Lunatic asylums Madras 1877-1891 - 1877-1891
Year: 1877
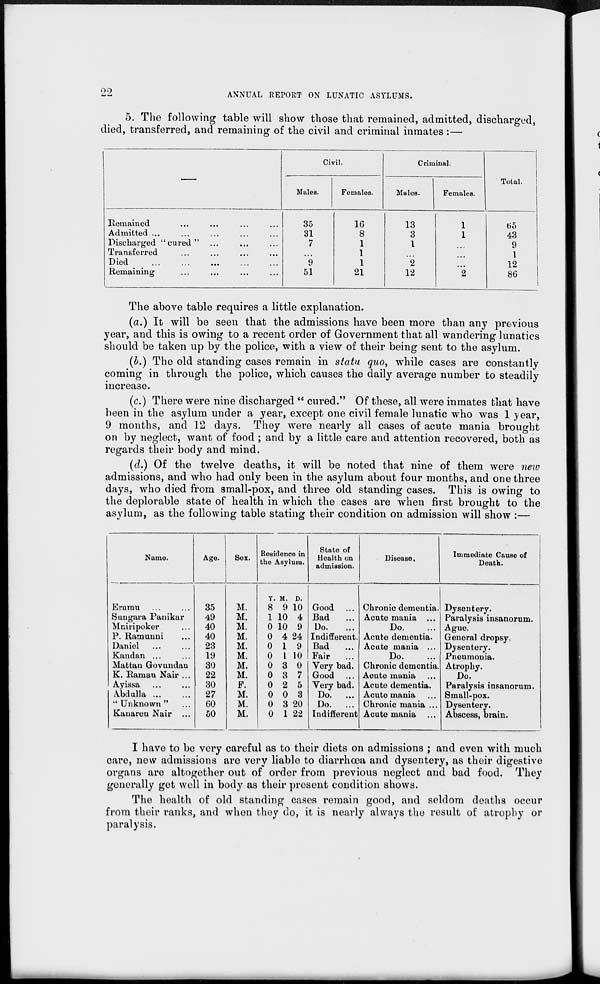
22
ANNUAL REPORT ON LUNATIC ASYLUMS.
5. The following table will show those that remained, admitted, discharged
died, transferred, and remaining of the civil and criminal inmates :—
—
Remained ... ... ... ...
Admitted ... ... ... ... ...
Discharged "cured" ... ... ...
Transferred ... ... ... ...
Died ... ... ... ... ...
Remaining ... ... ... ...
Civil.
Males.
35
31
7
...
9
51
Females.
16
8
1
1
1
21
Criminal.
Males.
13
3
1
...
2
12
Females.
1
1
...
...
...
2
Total.
65
43
9
1
12
86
The above table requires a little explanation.
(a.) It will be seen that the admissions have been more than any previous
year, and this is owing to a recent order of Government that all wandering lunatics
should be taken up by the police, with a view of their being sent to the asylum.
(b.) The old standing cases remain in statu quo, while cases are constantly
coming in through the police, which causes the daily average number to steadily
increase.
(c.) There were nine discharged "cured." Of these, all were inmates that have
been in the asylum under a year, except one civil female lunatic who was 1 year,
9 months, and 12 days. They were nearly all cases of acute mania brought
on by neglect, want of food ; and by a little care and attention recovered, both as
regards their body and mind.
(d.) Of the twelve deaths, it will be noted that nine of them were new
admissions, and who had only been in the asylum about four months, and one three
days, who died from small-pox, and three old standing cases. This is owing to
the deplorable state of health in which the cases are when first brought to the
asylum, as the following table stating their condition on admission will show :—
Name.
Eramu ... ...
Sungara Panikar
Mniripoker ...
P. Ramunni ...
Daniel ... ...
Kandan ... ...
Mattan Govundan
K. Raman Nair ...
Ayissa ... ...
Abdulla ... ...
"Unknown"
...
Kanaren Nair ...
Age.
35
49
40
40
23
19
30
22
30
27
60
50
Sex.
M.
M.
M.
M.
M.
M.
M.
M.
F.
M.
M.
M.
Residence in
the Asylum.
Y.
8
1
0
0
0
0
0
0
0
0
0
0
M.
9
10
10
4
1
1
3
3
2
0
3
1
D.
10
4
9
24
9
10
0
7
5
3
20
22
State of
Health on
admission.
Good ...
Bad ...
Do.
Indifferent.
Bad ...
Fair ...
Very bad.
Good ...
Very bad.
Do.
...
Do.
...
Indifferent
Disease.
Chronic dementia.
Acute mania ...
Do. ...
Acute dementia.
Acute mania ...
Do. ...
Chronic dementia.
Acute mania ...
Acute dementia.
Acute mania ...
Chronic mania ...
Acute mania ...
Immediate Cause of
Death.
Dysentery.
Paralysis insanorum.
Ague.
General dropsy.
Dysentery.
Pneumonia.
Atrophy.
Do.
Paralysis insanorum.
Small-pox.
Dysentery.
Abscess, brain.
I have to be very careful as to their diets on admissions ; and even with much
care, new admissions are very liable to diarrhœa and dysentery, as their digestive
organs are altogether out of order from previous neglect and bad food. They
generally get well in body as their present condition shows.
The health of old standing cases remain good, and seldom deaths occur
from their ranks, and when they do, it is nearly always the result of atrophy or
paralysis.